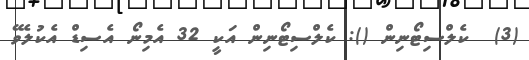
(3)  ކެލްސިޓޯނިން (): ކެލްސިޓޯނިން އަކީ 32 އެމިނޯ އެސިޑް އެކުލެވޭ